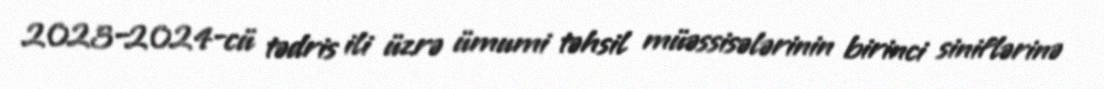
2023–2024-cü tədris ili üzrə ümumi təhsil müəssisələrinin birinci siniflərinə